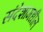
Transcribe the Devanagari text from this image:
संदेशामधील